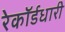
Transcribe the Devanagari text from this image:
रेकॉर्डधारी